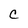
Character: C